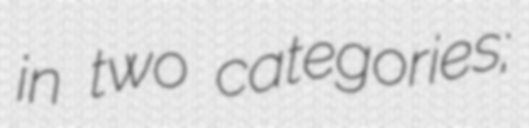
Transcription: in two categories;